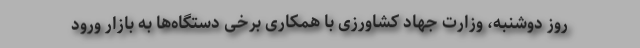
روز دوشنبه، وزارت جهاد کشاورزی با همکاری برخی دستگاه‌ها به بازار ورود